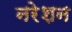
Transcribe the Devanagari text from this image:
नरेशन